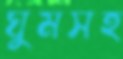
ঘুমসহ